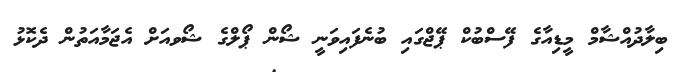
ބިލާދުއްޝާމް މީޑިއާގެ ފޭސްބުކް ޕޭޖްގައި ބުނެފައިވަނީ ޝޯން ޕޯލްގެ ޝޯވއަށް އެޖަމާއަތުން ދެކޮޅު